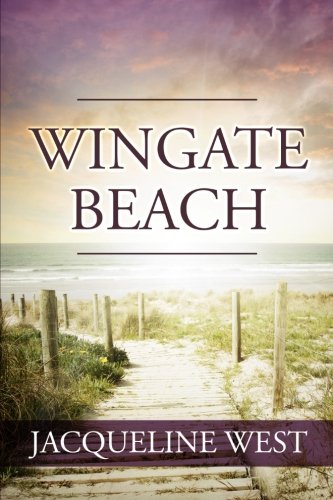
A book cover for Wingate Beach; Jacqueline West; Mystery, Thriller & Suspense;